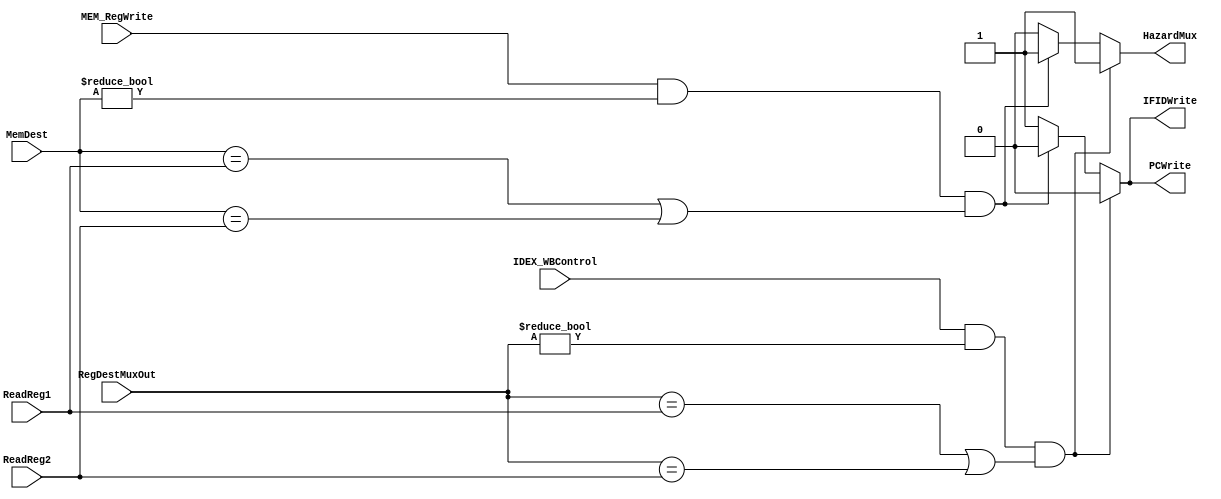
module hazardunit(IFIDWrite,PCWrite,HazardMux, ReadReg1, ReadReg2, RegDestMuxOut, MemDest, IDEX_WBControl, MEM_RegWrite);

    input [4:0] ReadReg1, ReadReg2;
    input [4:0] RegDestMuxOut;
    input [4:0] MemDest;
    input IDEX_WBControl;
    input MEM_RegWrite;
    
    
//    wire IDEX_RegWrite;
//    assign IDEX_RegWrite = IDEX_WBControl[0];

	output reg IFIDWrite, PCWrite, HazardMux;
	
	always@(*)
	begin
	   if(IDEX_WBControl == 1 && RegDestMuxOut != 0 && ((RegDestMuxOut == ReadReg1) || (RegDestMuxOut == ReadReg2)))
	       begin
	           IFIDWrite = 0;
	           PCWrite = 0;
	           HazardMux = 1;
	       end
	   else if (MEM_RegWrite == 1 && MemDest != 0 && ((MemDest == ReadReg1) || (MemDest == ReadReg2)))
	       begin
	           IFIDWrite = 0;
	           PCWrite = 0;
	           HazardMux = 1;
	       end
	   else
	   begin
	           IFIDWrite = 1;
	           PCWrite = 1;
	           HazardMux = 0;
	   end
     end
endmodule